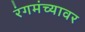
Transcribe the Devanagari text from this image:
रंगमंच्यावर